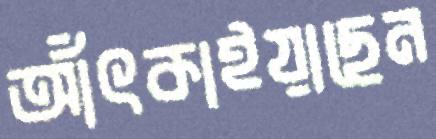
আঁৎকাইয়াছেন